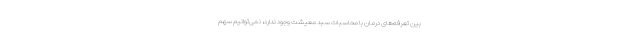
بین تعرفه‌های درمان با محاسبات سبد معیشت وجود ندارد، نمی‌توانیم سهم